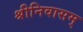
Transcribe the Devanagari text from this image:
श्रीनिवासम्‌